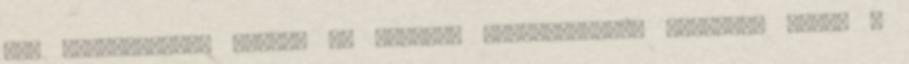
más településről jönnek az Ahimsza Jógaközpontba jógázni. Tehát a